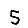
Digit: 5